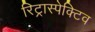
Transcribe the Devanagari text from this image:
रिट्रास्पेक्टिव